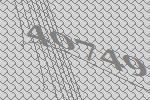
40749